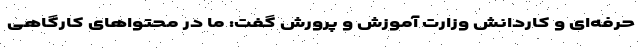
حرفه‌ای و کاردانش وزارت آموزش و پرورش گفت: ما در محتواهای کارگاهی